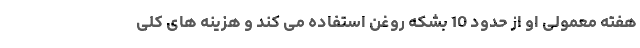
هفته معمولی او از حدود 10 بشکه روغن استفاده می کند و هزینه های کلی